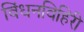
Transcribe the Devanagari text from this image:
विंधनविहिरी